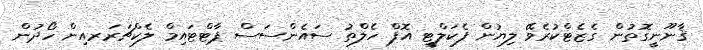
ޤާނޫނީގޮތުން ގެޒެޓްކުރެވޭ ލިޔުން ފެކަލްޓީ އޮފް ހެލްތު ސައެންސަސް ޕާޓްޓައިމް ލެކްޗަރަރއިން ހޯދުން